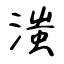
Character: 滍